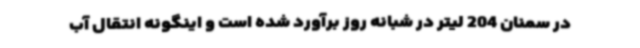
در سمنان 204 لیتر در شبانه روز برآورد شده است و اینگونه انتقال آب